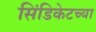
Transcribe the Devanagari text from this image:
सिंडिकेटच्या